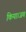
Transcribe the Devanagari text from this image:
किया।जब